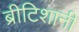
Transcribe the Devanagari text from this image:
ब्रीटिशानी